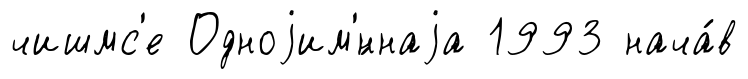
чишмс'е Одноjим'́ннаjа 1993 нача́в